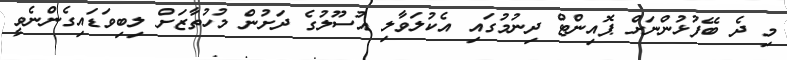
މި ދެ ބޭފުޅުންނަށް ޕޮއިންޓް ދިނުމުގައި އެކުލަވާލި އުސޫލުގެ ދަށުން މުހުތާޒަށް ލިބިވަޑައިގެންނެވީ